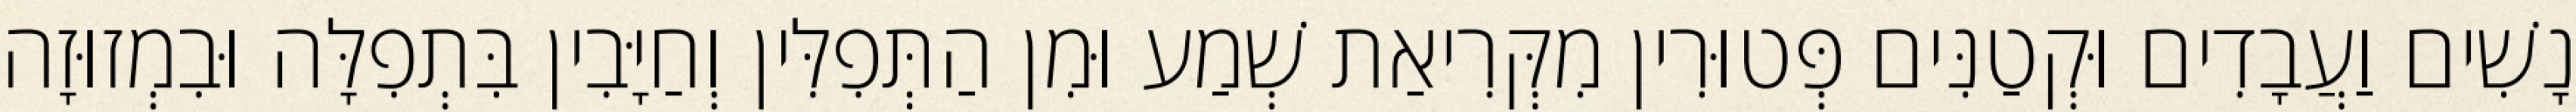
נָשִׁים וַעֲבָדִים וּקְטַנִּים פְּטוּרִין מִקְּרִיאַת שְׁמַע וּמִן הַתְּפִלִּין וְחַיָּבִין בִּתְפִלָּה וּבִמְזוּזָה